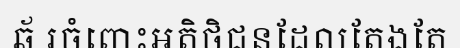
ឆ័ រចំពោះអតិថិជនដែលតែងតែ